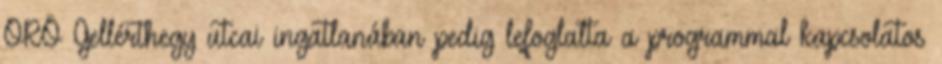
ORÖ Gellérthegy utcai ingatlanában pedig lefoglalta a programmal kapcsolatos